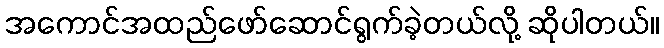
အကောင်အထည်ဖော်ဆောင်ရွက်ခဲ့တယ်လို့ ဆိုပါတယ်။